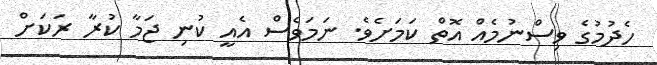
ހެދުމުގެ ވިސްނުމެއް އޮތް ކަމަށެވެ. ނަމަވެސް އެއީ ކުނި ޖަމާ ކުރާ ރަކަށް